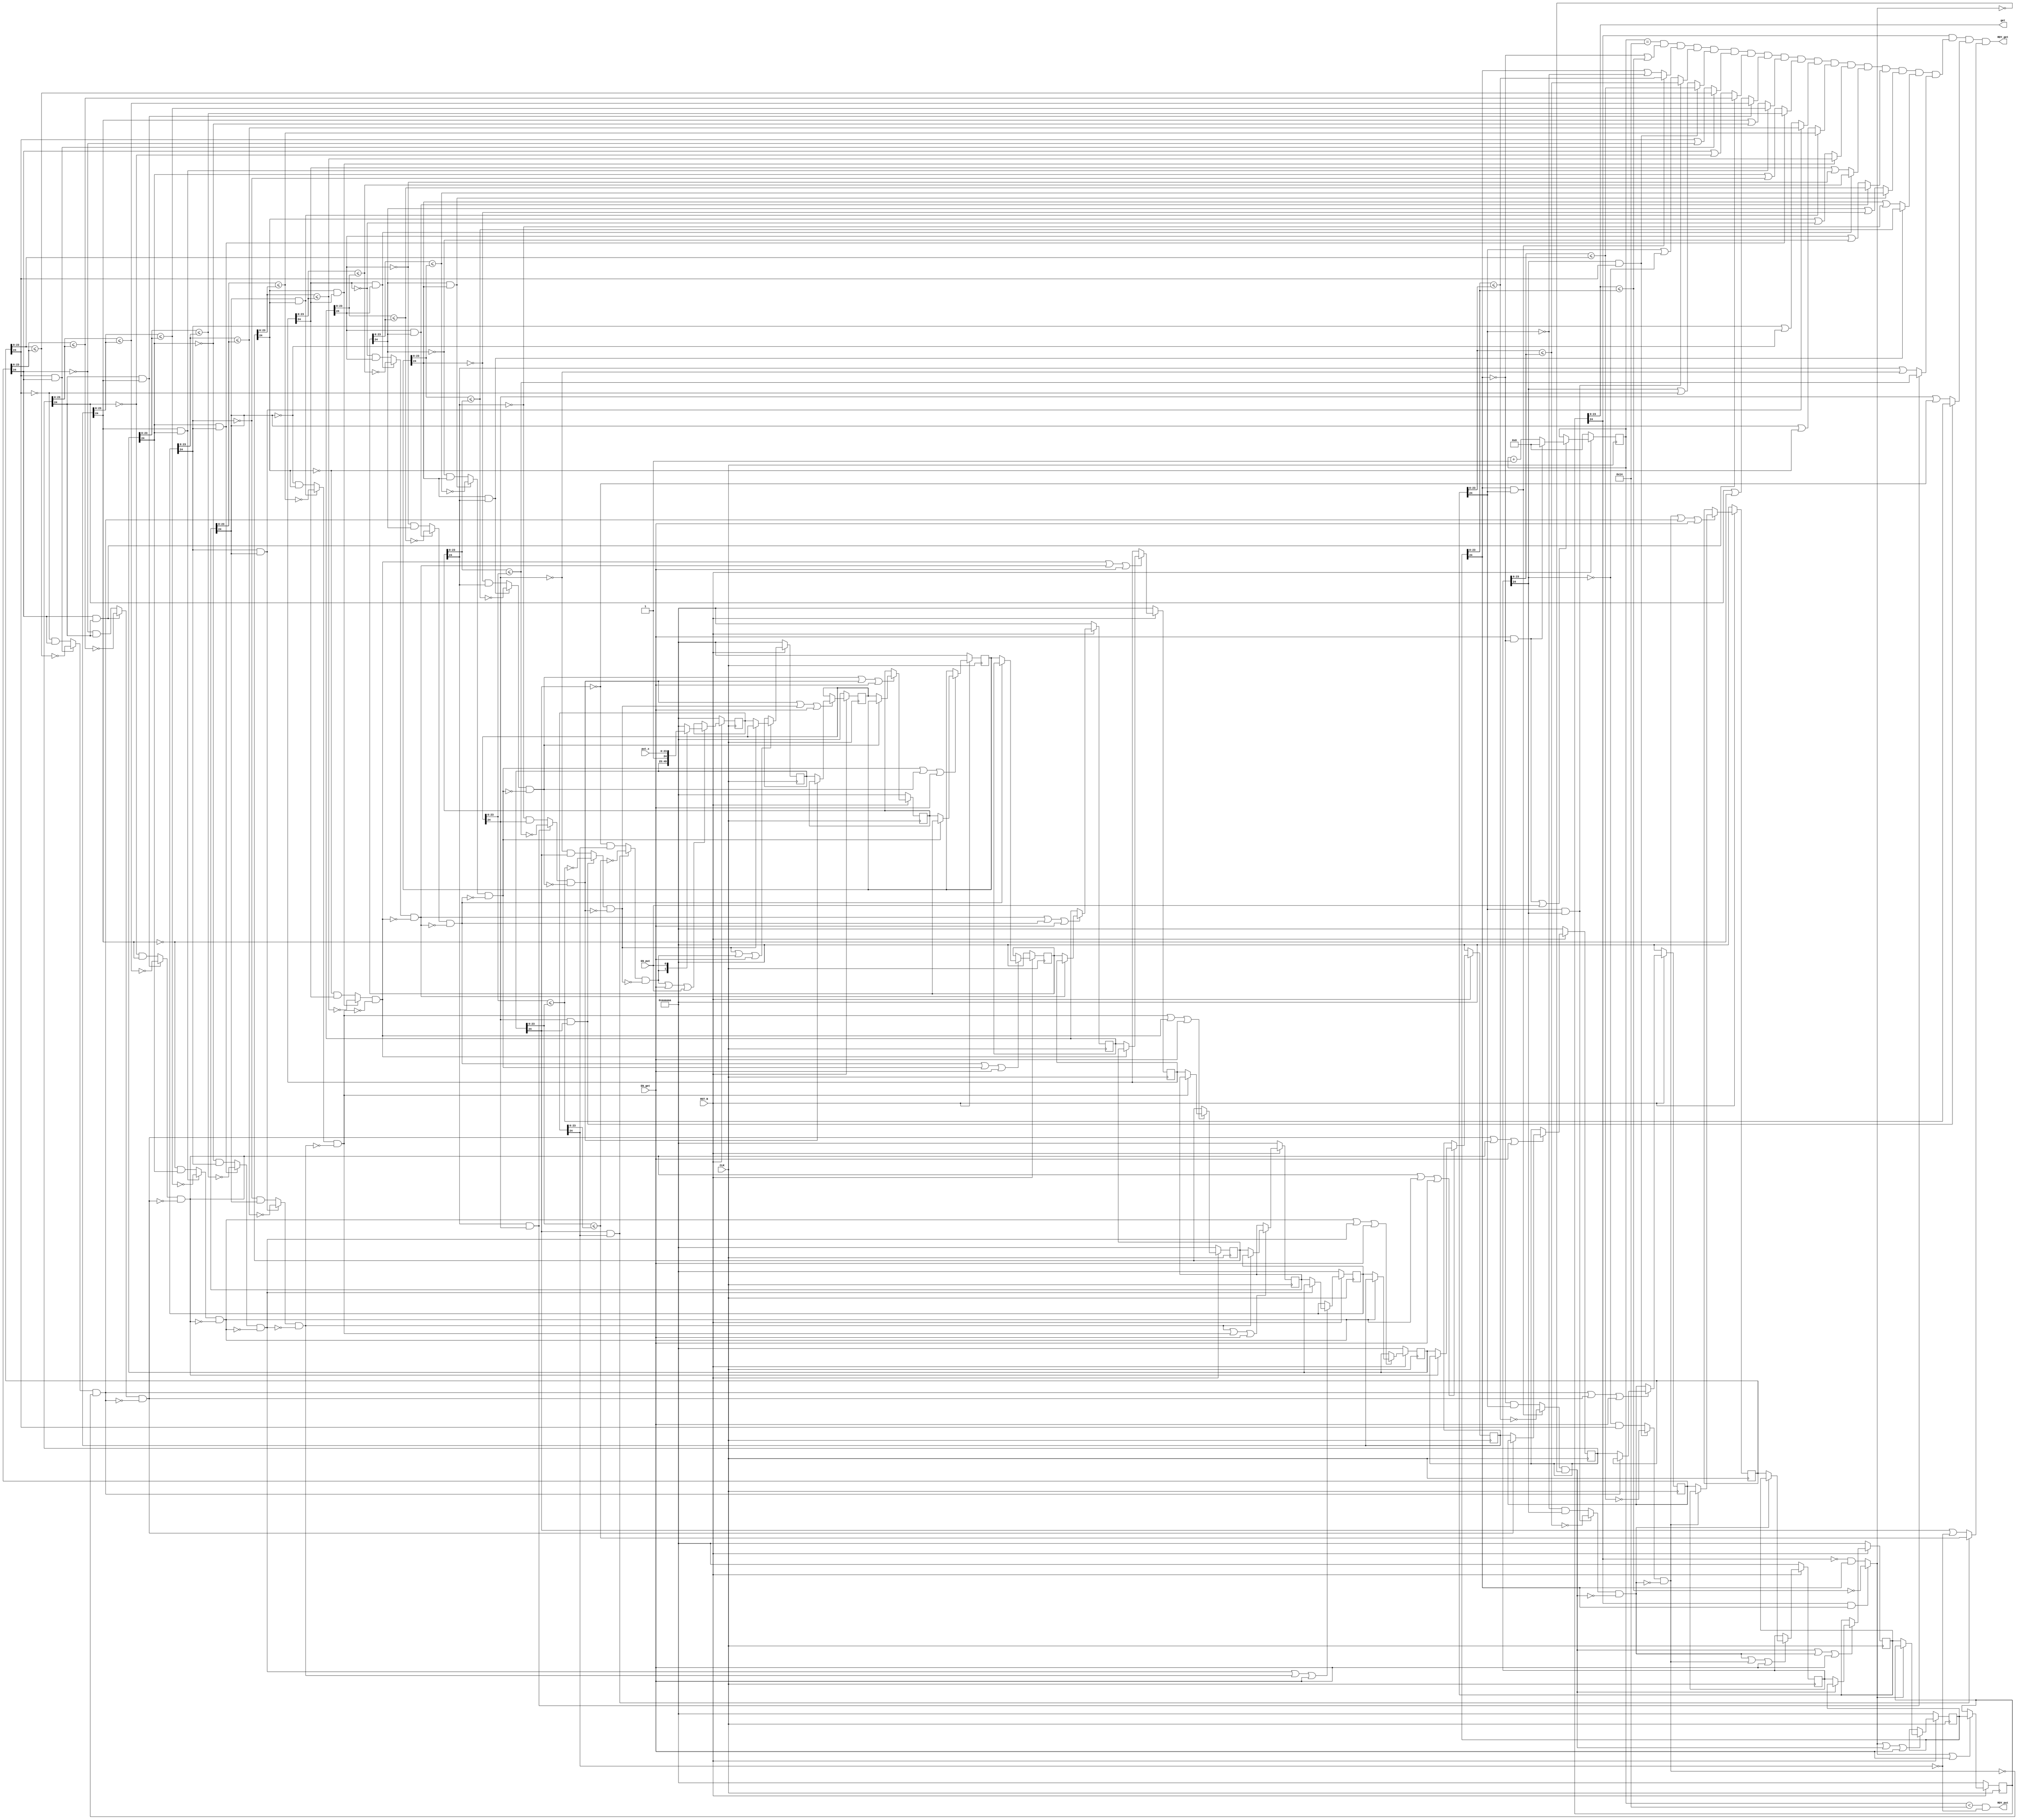
//
// Generated by Bluespec Compiler (build cd96b228)
//
// On Sun May 23 22:57:07 IST 2021
//
//
// Ports:
// Name                         I/O  size props
// RDY_put                        O     1
// get                            O    24 reg
// RDY_get                        O     1
// CLK                            I     1 clock
// RST_N                          I     1 reset
// put_x                          I    24
// EN_put                         I     1
// EN_get                         I     1
//
// No combinational paths from inputs to outputs
//
//

`ifdef BSV_ASSIGNMENT_DELAY
`else
  `define BSV_ASSIGNMENT_DELAY
`endif

`ifdef BSV_POSITIVE_RESET
  `define BSV_RESET_VALUE 1'b1
  `define BSV_RESET_EDGE posedge
`else
  `define BSV_RESET_VALUE 1'b0
  `define BSV_RESET_EDGE negedge
`endif

module mkBubbleSort_nt_UInt20(CLK,
			      RST_N,

			      put_x,
			      EN_put,
			      RDY_put,

			      EN_get,
			      get,
			      RDY_get);
  input  CLK;
  input  RST_N;

  // action method put
  input  [23 : 0] put_x;
  input  EN_put;
  output RDY_put;

  // actionvalue method get
  input  EN_get;
  output [23 : 0] get;
  output RDY_get;

  // signals for module outputs
  wire [23 : 0] get;
  wire RDY_get, RDY_put;

  // register m_arr_0
  reg [24 : 0] m_arr_0;
  wire [24 : 0] m_arr_0$D_IN;
  wire m_arr_0$EN;

  // register m_arr_1
  reg [24 : 0] m_arr_1;
  wire [24 : 0] m_arr_1$D_IN;
  wire m_arr_1$EN;

  // register m_arr_10
  reg [24 : 0] m_arr_10;
  wire [24 : 0] m_arr_10$D_IN;
  wire m_arr_10$EN;

  // register m_arr_11
  reg [24 : 0] m_arr_11;
  wire [24 : 0] m_arr_11$D_IN;
  wire m_arr_11$EN;

  // register m_arr_12
  reg [24 : 0] m_arr_12;
  wire [24 : 0] m_arr_12$D_IN;
  wire m_arr_12$EN;

  // register m_arr_13
  reg [24 : 0] m_arr_13;
  wire [24 : 0] m_arr_13$D_IN;
  wire m_arr_13$EN;

  // register m_arr_14
  reg [24 : 0] m_arr_14;
  wire [24 : 0] m_arr_14$D_IN;
  wire m_arr_14$EN;

  // register m_arr_15
  reg [24 : 0] m_arr_15;
  wire [24 : 0] m_arr_15$D_IN;
  wire m_arr_15$EN;

  // register m_arr_16
  reg [24 : 0] m_arr_16;
  wire [24 : 0] m_arr_16$D_IN;
  wire m_arr_16$EN;

  // register m_arr_17
  reg [24 : 0] m_arr_17;
  wire [24 : 0] m_arr_17$D_IN;
  wire m_arr_17$EN;

  // register m_arr_18
  reg [24 : 0] m_arr_18;
  wire [24 : 0] m_arr_18$D_IN;
  wire m_arr_18$EN;

  // register m_arr_19
  reg [24 : 0] m_arr_19;
  reg [24 : 0] m_arr_19$D_IN;
  wire m_arr_19$EN;

  // register m_arr_2
  reg [24 : 0] m_arr_2;
  wire [24 : 0] m_arr_2$D_IN;
  wire m_arr_2$EN;

  // register m_arr_3
  reg [24 : 0] m_arr_3;
  wire [24 : 0] m_arr_3$D_IN;
  wire m_arr_3$EN;

  // register m_arr_4
  reg [24 : 0] m_arr_4;
  wire [24 : 0] m_arr_4$D_IN;
  wire m_arr_4$EN;

  // register m_arr_5
  reg [24 : 0] m_arr_5;
  wire [24 : 0] m_arr_5$D_IN;
  wire m_arr_5$EN;

  // register m_arr_6
  reg [24 : 0] m_arr_6;
  wire [24 : 0] m_arr_6$D_IN;
  wire m_arr_6$EN;

  // register m_arr_7
  reg [24 : 0] m_arr_7;
  wire [24 : 0] m_arr_7$D_IN;
  wire m_arr_7$EN;

  // register m_arr_8
  reg [24 : 0] m_arr_8;
  wire [24 : 0] m_arr_8$D_IN;
  wire m_arr_8$EN;

  // register m_arr_9
  reg [24 : 0] m_arr_9;
  wire [24 : 0] m_arr_9$D_IN;
  wire m_arr_9$EN;

  // register m_counter
  reg [15 : 0] m_counter;
  wire [15 : 0] m_counter$D_IN;
  wire m_counter$EN;

  // rule scheduling signals
  wire WILL_FIRE_RL_m_rl_swap_i,
       WILL_FIRE_RL_m_rl_swap_i_1,
       WILL_FIRE_RL_m_rl_swap_i_10,
       WILL_FIRE_RL_m_rl_swap_i_11,
       WILL_FIRE_RL_m_rl_swap_i_12,
       WILL_FIRE_RL_m_rl_swap_i_13,
       WILL_FIRE_RL_m_rl_swap_i_14,
       WILL_FIRE_RL_m_rl_swap_i_15,
       WILL_FIRE_RL_m_rl_swap_i_16,
       WILL_FIRE_RL_m_rl_swap_i_17,
       WILL_FIRE_RL_m_rl_swap_i_18,
       WILL_FIRE_RL_m_rl_swap_i_2,
       WILL_FIRE_RL_m_rl_swap_i_3,
       WILL_FIRE_RL_m_rl_swap_i_4,
       WILL_FIRE_RL_m_rl_swap_i_5,
       WILL_FIRE_RL_m_rl_swap_i_6,
       WILL_FIRE_RL_m_rl_swap_i_7,
       WILL_FIRE_RL_m_rl_swap_i_8,
       WILL_FIRE_RL_m_rl_swap_i_9;

  // inputs to muxes for submodule ports
  wire [24 : 0] MUX_m_arr_19$write_1__VAL_3;
  wire [15 : 0] MUX_m_counter$write_1__VAL_2;
  wire MUX_m_counter$write_1__SEL_1;

  // remaining internal signals
  wire IF_m_arr_0_BIT_24_THEN_m_arr_0_BITS_23_TO_0_EL_ETC___d10,
       IF_m_arr_10_5_BIT_24_6_THEN_m_arr_10_5_BITS_23_ETC___d110,
       IF_m_arr_11_05_BIT_24_06_THEN_m_arr_11_05_BITS_ETC___d120,
       IF_m_arr_12_15_BIT_24_16_THEN_m_arr_12_15_BITS_ETC___d130,
       IF_m_arr_13_25_BIT_24_26_THEN_m_arr_13_25_BITS_ETC___d140,
       IF_m_arr_14_35_BIT_24_36_THEN_m_arr_14_35_BITS_ETC___d150,
       IF_m_arr_15_45_BIT_24_46_THEN_m_arr_15_45_BITS_ETC___d160,
       IF_m_arr_16_55_BIT_24_56_THEN_m_arr_16_55_BITS_ETC___d170,
       IF_m_arr_17_65_BIT_24_66_THEN_m_arr_17_65_BITS_ETC___d180,
       IF_m_arr_18_75_BIT_24_76_THEN_m_arr_18_75_BITS_ETC___d190,
       IF_m_arr_1_BIT_24_THEN_m_arr_1_BITS_23_TO_0_EL_ETC___d20,
       IF_m_arr_2_5_BIT_24_6_THEN_m_arr_2_5_BITS_23_T_ETC___d30,
       IF_m_arr_3_5_BIT_24_6_THEN_m_arr_3_5_BITS_23_T_ETC___d40,
       IF_m_arr_4_5_BIT_24_6_THEN_m_arr_4_5_BITS_23_T_ETC___d50,
       IF_m_arr_5_5_BIT_24_6_THEN_m_arr_5_5_BITS_23_T_ETC___d60,
       IF_m_arr_6_5_BIT_24_6_THEN_m_arr_6_5_BITS_23_T_ETC___d70,
       IF_m_arr_7_5_BIT_24_6_THEN_m_arr_7_5_BITS_23_T_ETC___d80,
       IF_m_arr_8_5_BIT_24_6_THEN_m_arr_8_5_BITS_23_T_ETC___d90,
       IF_m_arr_9_5_BIT_24_6_THEN_m_arr_9_5_BITS_23_T_ETC___d100,
       m_counter_96_EQ_20_01_AND_NOT_m_arr_1_BIT_24_2_ETC___d207,
       m_counter_96_EQ_20_01_AND_NOT_m_arr_1_BIT_24_2_ETC___d219,
       m_counter_96_EQ_20_01_AND_NOT_m_arr_1_BIT_24_2_ETC___d231,
       m_counter_96_EQ_20_01_AND_NOT_m_arr_1_BIT_24_2_ETC___d243,
       m_counter_96_EQ_20_01_AND_NOT_m_arr_1_BIT_24_2_ETC___d255,
       m_counter_96_EQ_20_01_AND_NOT_m_arr_1_BIT_24_2_ETC___d267;

  // action method put
  assign RDY_put = m_counter < 16'd20 && !m_arr_19[24] ;

  // actionvalue method get
  assign get = m_arr_0[23:0] ;
  assign RDY_get =
	     m_arr_0[24] &&
	     m_counter_96_EQ_20_01_AND_NOT_m_arr_1_BIT_24_2_ETC___d267 &&
	     ((m_arr_17[24] && m_arr_18[24]) ?
		IF_m_arr_17_65_BIT_24_66_THEN_m_arr_17_65_BITS_ETC___d180 :
		m_arr_17[24] || !m_arr_18[24]) &&
	     ((m_arr_18[24] && m_arr_19[24]) ?
		IF_m_arr_18_75_BIT_24_76_THEN_m_arr_18_75_BITS_ETC___d190 :
		m_arr_18[24] || !m_arr_19[24]) ;

  // rule RL_m_rl_swap_i
  assign WILL_FIRE_RL_m_rl_swap_i =
	     (m_arr_0[24] && m_arr_1[24]) ?
	       !IF_m_arr_0_BIT_24_THEN_m_arr_0_BITS_23_TO_0_EL_ETC___d10 :
	       !m_arr_0[24] && m_arr_1[24] ;

  // rule RL_m_rl_swap_i_1
  assign WILL_FIRE_RL_m_rl_swap_i_1 =
	     ((m_arr_1[24] && m_arr_2[24]) ?
		!IF_m_arr_1_BIT_24_THEN_m_arr_1_BITS_23_TO_0_EL_ETC___d20 :
		!m_arr_1[24] && m_arr_2[24]) &&
	     !WILL_FIRE_RL_m_rl_swap_i ;

  // rule RL_m_rl_swap_i_2
  assign WILL_FIRE_RL_m_rl_swap_i_2 =
	     ((m_arr_2[24] && m_arr_3[24]) ?
		!IF_m_arr_2_5_BIT_24_6_THEN_m_arr_2_5_BITS_23_T_ETC___d30 :
		!m_arr_2[24] && m_arr_3[24]) &&
	     !WILL_FIRE_RL_m_rl_swap_i_1 ;

  // rule RL_m_rl_swap_i_3
  assign WILL_FIRE_RL_m_rl_swap_i_3 =
	     ((m_arr_3[24] && m_arr_4[24]) ?
		!IF_m_arr_3_5_BIT_24_6_THEN_m_arr_3_5_BITS_23_T_ETC___d40 :
		!m_arr_3[24] && m_arr_4[24]) &&
	     !WILL_FIRE_RL_m_rl_swap_i_2 ;

  // rule RL_m_rl_swap_i_4
  assign WILL_FIRE_RL_m_rl_swap_i_4 =
	     ((m_arr_4[24] && m_arr_5[24]) ?
		!IF_m_arr_4_5_BIT_24_6_THEN_m_arr_4_5_BITS_23_T_ETC___d50 :
		!m_arr_4[24] && m_arr_5[24]) &&
	     !WILL_FIRE_RL_m_rl_swap_i_3 ;

  // rule RL_m_rl_swap_i_5
  assign WILL_FIRE_RL_m_rl_swap_i_5 =
	     ((m_arr_5[24] && m_arr_6[24]) ?
		!IF_m_arr_5_5_BIT_24_6_THEN_m_arr_5_5_BITS_23_T_ETC___d60 :
		!m_arr_5[24] && m_arr_6[24]) &&
	     !WILL_FIRE_RL_m_rl_swap_i_4 ;

  // rule RL_m_rl_swap_i_6
  assign WILL_FIRE_RL_m_rl_swap_i_6 =
	     ((m_arr_6[24] && m_arr_7[24]) ?
		!IF_m_arr_6_5_BIT_24_6_THEN_m_arr_6_5_BITS_23_T_ETC___d70 :
		!m_arr_6[24] && m_arr_7[24]) &&
	     !WILL_FIRE_RL_m_rl_swap_i_5 ;

  // rule RL_m_rl_swap_i_7
  assign WILL_FIRE_RL_m_rl_swap_i_7 =
	     ((m_arr_7[24] && m_arr_8[24]) ?
		!IF_m_arr_7_5_BIT_24_6_THEN_m_arr_7_5_BITS_23_T_ETC___d80 :
		!m_arr_7[24] && m_arr_8[24]) &&
	     !WILL_FIRE_RL_m_rl_swap_i_6 ;

  // rule RL_m_rl_swap_i_8
  assign WILL_FIRE_RL_m_rl_swap_i_8 =
	     ((m_arr_8[24] && m_arr_9[24]) ?
		!IF_m_arr_8_5_BIT_24_6_THEN_m_arr_8_5_BITS_23_T_ETC___d90 :
		!m_arr_8[24] && m_arr_9[24]) &&
	     !WILL_FIRE_RL_m_rl_swap_i_7 ;

  // rule RL_m_rl_swap_i_9
  assign WILL_FIRE_RL_m_rl_swap_i_9 =
	     ((m_arr_9[24] && m_arr_10[24]) ?
		!IF_m_arr_9_5_BIT_24_6_THEN_m_arr_9_5_BITS_23_T_ETC___d100 :
		!m_arr_9[24] && m_arr_10[24]) &&
	     !WILL_FIRE_RL_m_rl_swap_i_8 ;

  // rule RL_m_rl_swap_i_10
  assign WILL_FIRE_RL_m_rl_swap_i_10 =
	     ((m_arr_10[24] && m_arr_11[24]) ?
		!IF_m_arr_10_5_BIT_24_6_THEN_m_arr_10_5_BITS_23_ETC___d110 :
		!m_arr_10[24] && m_arr_11[24]) &&
	     !WILL_FIRE_RL_m_rl_swap_i_9 ;

  // rule RL_m_rl_swap_i_11
  assign WILL_FIRE_RL_m_rl_swap_i_11 =
	     ((m_arr_11[24] && m_arr_12[24]) ?
		!IF_m_arr_11_05_BIT_24_06_THEN_m_arr_11_05_BITS_ETC___d120 :
		!m_arr_11[24] && m_arr_12[24]) &&
	     !WILL_FIRE_RL_m_rl_swap_i_10 ;

  // rule RL_m_rl_swap_i_12
  assign WILL_FIRE_RL_m_rl_swap_i_12 =
	     ((m_arr_12[24] && m_arr_13[24]) ?
		!IF_m_arr_12_15_BIT_24_16_THEN_m_arr_12_15_BITS_ETC___d130 :
		!m_arr_12[24] && m_arr_13[24]) &&
	     !WILL_FIRE_RL_m_rl_swap_i_11 ;

  // rule RL_m_rl_swap_i_13
  assign WILL_FIRE_RL_m_rl_swap_i_13 =
	     ((m_arr_13[24] && m_arr_14[24]) ?
		!IF_m_arr_13_25_BIT_24_26_THEN_m_arr_13_25_BITS_ETC___d140 :
		!m_arr_13[24] && m_arr_14[24]) &&
	     !WILL_FIRE_RL_m_rl_swap_i_12 ;

  // rule RL_m_rl_swap_i_14
  assign WILL_FIRE_RL_m_rl_swap_i_14 =
	     ((m_arr_14[24] && m_arr_15[24]) ?
		!IF_m_arr_14_35_BIT_24_36_THEN_m_arr_14_35_BITS_ETC___d150 :
		!m_arr_14[24] && m_arr_15[24]) &&
	     !WILL_FIRE_RL_m_rl_swap_i_13 ;

  // rule RL_m_rl_swap_i_15
  assign WILL_FIRE_RL_m_rl_swap_i_15 =
	     ((m_arr_15[24] && m_arr_16[24]) ?
		!IF_m_arr_15_45_BIT_24_46_THEN_m_arr_15_45_BITS_ETC___d160 :
		!m_arr_15[24] && m_arr_16[24]) &&
	     !WILL_FIRE_RL_m_rl_swap_i_14 ;

  // rule RL_m_rl_swap_i_16
  assign WILL_FIRE_RL_m_rl_swap_i_16 =
	     ((m_arr_16[24] && m_arr_17[24]) ?
		!IF_m_arr_16_55_BIT_24_56_THEN_m_arr_16_55_BITS_ETC___d170 :
		!m_arr_16[24] && m_arr_17[24]) &&
	     !WILL_FIRE_RL_m_rl_swap_i_15 ;

  // rule RL_m_rl_swap_i_17
  assign WILL_FIRE_RL_m_rl_swap_i_17 =
	     ((m_arr_17[24] && m_arr_18[24]) ?
		!IF_m_arr_17_65_BIT_24_66_THEN_m_arr_17_65_BITS_ETC___d180 :
		!m_arr_17[24] && m_arr_18[24]) &&
	     !WILL_FIRE_RL_m_rl_swap_i_16 ;

  // rule RL_m_rl_swap_i_18
  assign WILL_FIRE_RL_m_rl_swap_i_18 =
	     ((m_arr_18[24] && m_arr_19[24]) ?
		!IF_m_arr_18_75_BIT_24_76_THEN_m_arr_18_75_BITS_ETC___d190 :
		!m_arr_18[24] && m_arr_19[24]) &&
	     !WILL_FIRE_RL_m_rl_swap_i_17 ;

  // inputs to muxes for submodule ports
  assign MUX_m_counter$write_1__SEL_1 = EN_get && !m_arr_1[24] ;
  assign MUX_m_arr_19$write_1__VAL_3 = { 1'd1, put_x } ;
  assign MUX_m_counter$write_1__VAL_2 = m_counter + 16'd1 ;

  // register m_arr_0
  assign m_arr_0$D_IN = m_arr_1 ;
  assign m_arr_0$EN = WILL_FIRE_RL_m_rl_swap_i || EN_get ;

  // register m_arr_1
  assign m_arr_1$D_IN = WILL_FIRE_RL_m_rl_swap_i ? m_arr_0 : m_arr_2 ;
  assign m_arr_1$EN =
	     WILL_FIRE_RL_m_rl_swap_i || WILL_FIRE_RL_m_rl_swap_i_1 ||
	     EN_get ;

  // register m_arr_10
  assign m_arr_10$D_IN = WILL_FIRE_RL_m_rl_swap_i_9 ? m_arr_9 : m_arr_11 ;
  assign m_arr_10$EN =
	     WILL_FIRE_RL_m_rl_swap_i_9 || WILL_FIRE_RL_m_rl_swap_i_10 ||
	     EN_get ;

  // register m_arr_11
  assign m_arr_11$D_IN = WILL_FIRE_RL_m_rl_swap_i_10 ? m_arr_10 : m_arr_12 ;
  assign m_arr_11$EN =
	     WILL_FIRE_RL_m_rl_swap_i_10 || WILL_FIRE_RL_m_rl_swap_i_11 ||
	     EN_get ;

  // register m_arr_12
  assign m_arr_12$D_IN = WILL_FIRE_RL_m_rl_swap_i_11 ? m_arr_11 : m_arr_13 ;
  assign m_arr_12$EN =
	     WILL_FIRE_RL_m_rl_swap_i_11 || WILL_FIRE_RL_m_rl_swap_i_12 ||
	     EN_get ;

  // register m_arr_13
  assign m_arr_13$D_IN = WILL_FIRE_RL_m_rl_swap_i_12 ? m_arr_12 : m_arr_14 ;
  assign m_arr_13$EN =
	     WILL_FIRE_RL_m_rl_swap_i_12 || WILL_FIRE_RL_m_rl_swap_i_13 ||
	     EN_get ;

  // register m_arr_14
  assign m_arr_14$D_IN = WILL_FIRE_RL_m_rl_swap_i_13 ? m_arr_13 : m_arr_15 ;
  assign m_arr_14$EN =
	     WILL_FIRE_RL_m_rl_swap_i_13 || WILL_FIRE_RL_m_rl_swap_i_14 ||
	     EN_get ;

  // register m_arr_15
  assign m_arr_15$D_IN = WILL_FIRE_RL_m_rl_swap_i_14 ? m_arr_14 : m_arr_16 ;
  assign m_arr_15$EN =
	     WILL_FIRE_RL_m_rl_swap_i_14 || WILL_FIRE_RL_m_rl_swap_i_15 ||
	     EN_get ;

  // register m_arr_16
  assign m_arr_16$D_IN = WILL_FIRE_RL_m_rl_swap_i_15 ? m_arr_15 : m_arr_17 ;
  assign m_arr_16$EN =
	     WILL_FIRE_RL_m_rl_swap_i_15 || WILL_FIRE_RL_m_rl_swap_i_16 ||
	     EN_get ;

  // register m_arr_17
  assign m_arr_17$D_IN = WILL_FIRE_RL_m_rl_swap_i_16 ? m_arr_16 : m_arr_18 ;
  assign m_arr_17$EN =
	     WILL_FIRE_RL_m_rl_swap_i_16 || WILL_FIRE_RL_m_rl_swap_i_17 ||
	     EN_get ;

  // register m_arr_18
  assign m_arr_18$D_IN = WILL_FIRE_RL_m_rl_swap_i_17 ? m_arr_17 : m_arr_19 ;
  assign m_arr_18$EN =
	     WILL_FIRE_RL_m_rl_swap_i_17 || WILL_FIRE_RL_m_rl_swap_i_18 ||
	     EN_get ;

  // register m_arr_19
  always@(WILL_FIRE_RL_m_rl_swap_i_18 or
	  m_arr_18 or EN_get or EN_put or MUX_m_arr_19$write_1__VAL_3)
  begin
    case (1'b1) // synopsys parallel_case
      WILL_FIRE_RL_m_rl_swap_i_18: m_arr_19$D_IN = m_arr_18;
      EN_get: m_arr_19$D_IN = 25'd11184810;
      EN_put: m_arr_19$D_IN = MUX_m_arr_19$write_1__VAL_3;
      default: m_arr_19$D_IN =
		   25'b0101010101010101010101010 /* unspecified value */ ;
    endcase
  end
  assign m_arr_19$EN = WILL_FIRE_RL_m_rl_swap_i_18 || EN_get || EN_put ;

  // register m_arr_2
  assign m_arr_2$D_IN = WILL_FIRE_RL_m_rl_swap_i_1 ? m_arr_1 : m_arr_3 ;
  assign m_arr_2$EN =
	     WILL_FIRE_RL_m_rl_swap_i_1 || WILL_FIRE_RL_m_rl_swap_i_2 ||
	     EN_get ;

  // register m_arr_3
  assign m_arr_3$D_IN = WILL_FIRE_RL_m_rl_swap_i_2 ? m_arr_2 : m_arr_4 ;
  assign m_arr_3$EN =
	     WILL_FIRE_RL_m_rl_swap_i_2 || WILL_FIRE_RL_m_rl_swap_i_3 ||
	     EN_get ;

  // register m_arr_4
  assign m_arr_4$D_IN = WILL_FIRE_RL_m_rl_swap_i_3 ? m_arr_3 : m_arr_5 ;
  assign m_arr_4$EN =
	     WILL_FIRE_RL_m_rl_swap_i_3 || WILL_FIRE_RL_m_rl_swap_i_4 ||
	     EN_get ;

  // register m_arr_5
  assign m_arr_5$D_IN = WILL_FIRE_RL_m_rl_swap_i_4 ? m_arr_4 : m_arr_6 ;
  assign m_arr_5$EN =
	     WILL_FIRE_RL_m_rl_swap_i_4 || WILL_FIRE_RL_m_rl_swap_i_5 ||
	     EN_get ;

  // register m_arr_6
  assign m_arr_6$D_IN = WILL_FIRE_RL_m_rl_swap_i_5 ? m_arr_5 : m_arr_7 ;
  assign m_arr_6$EN =
	     WILL_FIRE_RL_m_rl_swap_i_5 || WILL_FIRE_RL_m_rl_swap_i_6 ||
	     EN_get ;

  // register m_arr_7
  assign m_arr_7$D_IN = WILL_FIRE_RL_m_rl_swap_i_6 ? m_arr_6 : m_arr_8 ;
  assign m_arr_7$EN =
	     WILL_FIRE_RL_m_rl_swap_i_6 || WILL_FIRE_RL_m_rl_swap_i_7 ||
	     EN_get ;

  // register m_arr_8
  assign m_arr_8$D_IN = WILL_FIRE_RL_m_rl_swap_i_7 ? m_arr_7 : m_arr_9 ;
  assign m_arr_8$EN =
	     WILL_FIRE_RL_m_rl_swap_i_7 || WILL_FIRE_RL_m_rl_swap_i_8 ||
	     EN_get ;

  // register m_arr_9
  assign m_arr_9$D_IN = WILL_FIRE_RL_m_rl_swap_i_8 ? m_arr_8 : m_arr_10 ;
  assign m_arr_9$EN =
	     WILL_FIRE_RL_m_rl_swap_i_8 || WILL_FIRE_RL_m_rl_swap_i_9 ||
	     EN_get ;

  // register m_counter
  assign m_counter$D_IN =
	     MUX_m_counter$write_1__SEL_1 ?
	       16'd0 :
	       MUX_m_counter$write_1__VAL_2 ;
  assign m_counter$EN = EN_get && !m_arr_1[24] || EN_put ;

  // remaining internal signals
  assign IF_m_arr_0_BIT_24_THEN_m_arr_0_BITS_23_TO_0_EL_ETC___d10 =
	     m_arr_0[23:0] <= m_arr_1[23:0] ;
  assign IF_m_arr_10_5_BIT_24_6_THEN_m_arr_10_5_BITS_23_ETC___d110 =
	     m_arr_10[23:0] <= m_arr_11[23:0] ;
  assign IF_m_arr_11_05_BIT_24_06_THEN_m_arr_11_05_BITS_ETC___d120 =
	     m_arr_11[23:0] <= m_arr_12[23:0] ;
  assign IF_m_arr_12_15_BIT_24_16_THEN_m_arr_12_15_BITS_ETC___d130 =
	     m_arr_12[23:0] <= m_arr_13[23:0] ;
  assign IF_m_arr_13_25_BIT_24_26_THEN_m_arr_13_25_BITS_ETC___d140 =
	     m_arr_13[23:0] <= m_arr_14[23:0] ;
  assign IF_m_arr_14_35_BIT_24_36_THEN_m_arr_14_35_BITS_ETC___d150 =
	     m_arr_14[23:0] <= m_arr_15[23:0] ;
  assign IF_m_arr_15_45_BIT_24_46_THEN_m_arr_15_45_BITS_ETC___d160 =
	     m_arr_15[23:0] <= m_arr_16[23:0] ;
  assign IF_m_arr_16_55_BIT_24_56_THEN_m_arr_16_55_BITS_ETC___d170 =
	     m_arr_16[23:0] <= m_arr_17[23:0] ;
  assign IF_m_arr_17_65_BIT_24_66_THEN_m_arr_17_65_BITS_ETC___d180 =
	     m_arr_17[23:0] <= m_arr_18[23:0] ;
  assign IF_m_arr_18_75_BIT_24_76_THEN_m_arr_18_75_BITS_ETC___d190 =
	     m_arr_18[23:0] <= m_arr_19[23:0] ;
  assign IF_m_arr_1_BIT_24_THEN_m_arr_1_BITS_23_TO_0_EL_ETC___d20 =
	     m_arr_1[23:0] <= m_arr_2[23:0] ;
  assign IF_m_arr_2_5_BIT_24_6_THEN_m_arr_2_5_BITS_23_T_ETC___d30 =
	     m_arr_2[23:0] <= m_arr_3[23:0] ;
  assign IF_m_arr_3_5_BIT_24_6_THEN_m_arr_3_5_BITS_23_T_ETC___d40 =
	     m_arr_3[23:0] <= m_arr_4[23:0] ;
  assign IF_m_arr_4_5_BIT_24_6_THEN_m_arr_4_5_BITS_23_T_ETC___d50 =
	     m_arr_4[23:0] <= m_arr_5[23:0] ;
  assign IF_m_arr_5_5_BIT_24_6_THEN_m_arr_5_5_BITS_23_T_ETC___d60 =
	     m_arr_5[23:0] <= m_arr_6[23:0] ;
  assign IF_m_arr_6_5_BIT_24_6_THEN_m_arr_6_5_BITS_23_T_ETC___d70 =
	     m_arr_6[23:0] <= m_arr_7[23:0] ;
  assign IF_m_arr_7_5_BIT_24_6_THEN_m_arr_7_5_BITS_23_T_ETC___d80 =
	     m_arr_7[23:0] <= m_arr_8[23:0] ;
  assign IF_m_arr_8_5_BIT_24_6_THEN_m_arr_8_5_BITS_23_T_ETC___d90 =
	     m_arr_8[23:0] <= m_arr_9[23:0] ;
  assign IF_m_arr_9_5_BIT_24_6_THEN_m_arr_9_5_BITS_23_T_ETC___d100 =
	     m_arr_9[23:0] <= m_arr_10[23:0] ;
  assign m_counter_96_EQ_20_01_AND_NOT_m_arr_1_BIT_24_2_ETC___d207 =
	     m_counter == 16'd20 &&
	     (!m_arr_1[24] ||
	      IF_m_arr_0_BIT_24_THEN_m_arr_0_BITS_23_TO_0_EL_ETC___d10) &&
	     ((m_arr_1[24] && m_arr_2[24]) ?
		IF_m_arr_1_BIT_24_THEN_m_arr_1_BITS_23_TO_0_EL_ETC___d20 :
		m_arr_1[24] || !m_arr_2[24]) ;
  assign m_counter_96_EQ_20_01_AND_NOT_m_arr_1_BIT_24_2_ETC___d219 =
	     m_counter_96_EQ_20_01_AND_NOT_m_arr_1_BIT_24_2_ETC___d207 &&
	     ((m_arr_2[24] && m_arr_3[24]) ?
		IF_m_arr_2_5_BIT_24_6_THEN_m_arr_2_5_BITS_23_T_ETC___d30 :
		m_arr_2[24] || !m_arr_3[24]) &&
	     ((m_arr_3[24] && m_arr_4[24]) ?
		IF_m_arr_3_5_BIT_24_6_THEN_m_arr_3_5_BITS_23_T_ETC___d40 :
		m_arr_3[24] || !m_arr_4[24]) &&
	     ((m_arr_4[24] && m_arr_5[24]) ?
		IF_m_arr_4_5_BIT_24_6_THEN_m_arr_4_5_BITS_23_T_ETC___d50 :
		m_arr_4[24] || !m_arr_5[24]) ;
  assign m_counter_96_EQ_20_01_AND_NOT_m_arr_1_BIT_24_2_ETC___d231 =
	     m_counter_96_EQ_20_01_AND_NOT_m_arr_1_BIT_24_2_ETC___d219 &&
	     ((m_arr_5[24] && m_arr_6[24]) ?
		IF_m_arr_5_5_BIT_24_6_THEN_m_arr_5_5_BITS_23_T_ETC___d60 :
		m_arr_5[24] || !m_arr_6[24]) &&
	     ((m_arr_6[24] && m_arr_7[24]) ?
		IF_m_arr_6_5_BIT_24_6_THEN_m_arr_6_5_BITS_23_T_ETC___d70 :
		m_arr_6[24] || !m_arr_7[24]) &&
	     ((m_arr_7[24] && m_arr_8[24]) ?
		IF_m_arr_7_5_BIT_24_6_THEN_m_arr_7_5_BITS_23_T_ETC___d80 :
		m_arr_7[24] || !m_arr_8[24]) ;
  assign m_counter_96_EQ_20_01_AND_NOT_m_arr_1_BIT_24_2_ETC___d243 =
	     m_counter_96_EQ_20_01_AND_NOT_m_arr_1_BIT_24_2_ETC___d231 &&
	     ((m_arr_8[24] && m_arr_9[24]) ?
		IF_m_arr_8_5_BIT_24_6_THEN_m_arr_8_5_BITS_23_T_ETC___d90 :
		m_arr_8[24] || !m_arr_9[24]) &&
	     ((m_arr_9[24] && m_arr_10[24]) ?
		IF_m_arr_9_5_BIT_24_6_THEN_m_arr_9_5_BITS_23_T_ETC___d100 :
		m_arr_9[24] || !m_arr_10[24]) &&
	     ((m_arr_10[24] && m_arr_11[24]) ?
		IF_m_arr_10_5_BIT_24_6_THEN_m_arr_10_5_BITS_23_ETC___d110 :
		m_arr_10[24] || !m_arr_11[24]) ;
  assign m_counter_96_EQ_20_01_AND_NOT_m_arr_1_BIT_24_2_ETC___d255 =
	     m_counter_96_EQ_20_01_AND_NOT_m_arr_1_BIT_24_2_ETC___d243 &&
	     ((m_arr_11[24] && m_arr_12[24]) ?
		IF_m_arr_11_05_BIT_24_06_THEN_m_arr_11_05_BITS_ETC___d120 :
		m_arr_11[24] || !m_arr_12[24]) &&
	     ((m_arr_12[24] && m_arr_13[24]) ?
		IF_m_arr_12_15_BIT_24_16_THEN_m_arr_12_15_BITS_ETC___d130 :
		m_arr_12[24] || !m_arr_13[24]) &&
	     ((m_arr_13[24] && m_arr_14[24]) ?
		IF_m_arr_13_25_BIT_24_26_THEN_m_arr_13_25_BITS_ETC___d140 :
		m_arr_13[24] || !m_arr_14[24]) ;
  assign m_counter_96_EQ_20_01_AND_NOT_m_arr_1_BIT_24_2_ETC___d267 =
	     m_counter_96_EQ_20_01_AND_NOT_m_arr_1_BIT_24_2_ETC___d255 &&
	     ((m_arr_14[24] && m_arr_15[24]) ?
		IF_m_arr_14_35_BIT_24_36_THEN_m_arr_14_35_BITS_ETC___d150 :
		m_arr_14[24] || !m_arr_15[24]) &&
	     ((m_arr_15[24] && m_arr_16[24]) ?
		IF_m_arr_15_45_BIT_24_46_THEN_m_arr_15_45_BITS_ETC___d160 :
		m_arr_15[24] || !m_arr_16[24]) &&
	     ((m_arr_16[24] && m_arr_17[24]) ?
		IF_m_arr_16_55_BIT_24_56_THEN_m_arr_16_55_BITS_ETC___d170 :
		m_arr_16[24] || !m_arr_17[24]) ;

  // handling of inlined registers

  always@(posedge CLK)
  begin
    if (RST_N == `BSV_RESET_VALUE)
      begin
        m_arr_0 <= `BSV_ASSIGNMENT_DELAY 25'd11184810;
	m_arr_1 <= `BSV_ASSIGNMENT_DELAY 25'd11184810;
	m_arr_10 <= `BSV_ASSIGNMENT_DELAY 25'd11184810;
	m_arr_11 <= `BSV_ASSIGNMENT_DELAY 25'd11184810;
	m_arr_12 <= `BSV_ASSIGNMENT_DELAY 25'd11184810;
	m_arr_13 <= `BSV_ASSIGNMENT_DELAY 25'd11184810;
	m_arr_14 <= `BSV_ASSIGNMENT_DELAY 25'd11184810;
	m_arr_15 <= `BSV_ASSIGNMENT_DELAY 25'd11184810;
	m_arr_16 <= `BSV_ASSIGNMENT_DELAY 25'd11184810;
	m_arr_17 <= `BSV_ASSIGNMENT_DELAY 25'd11184810;
	m_arr_18 <= `BSV_ASSIGNMENT_DELAY 25'd11184810;
	m_arr_19 <= `BSV_ASSIGNMENT_DELAY 25'd11184810;
	m_arr_2 <= `BSV_ASSIGNMENT_DELAY 25'd11184810;
	m_arr_3 <= `BSV_ASSIGNMENT_DELAY 25'd11184810;
	m_arr_4 <= `BSV_ASSIGNMENT_DELAY 25'd11184810;
	m_arr_5 <= `BSV_ASSIGNMENT_DELAY 25'd11184810;
	m_arr_6 <= `BSV_ASSIGNMENT_DELAY 25'd11184810;
	m_arr_7 <= `BSV_ASSIGNMENT_DELAY 25'd11184810;
	m_arr_8 <= `BSV_ASSIGNMENT_DELAY 25'd11184810;
	m_arr_9 <= `BSV_ASSIGNMENT_DELAY 25'd11184810;
	m_counter <= `BSV_ASSIGNMENT_DELAY 16'd0;
      end
    else
      begin
        if (m_arr_0$EN) m_arr_0 <= `BSV_ASSIGNMENT_DELAY m_arr_0$D_IN;
	if (m_arr_1$EN) m_arr_1 <= `BSV_ASSIGNMENT_DELAY m_arr_1$D_IN;
	if (m_arr_10$EN) m_arr_10 <= `BSV_ASSIGNMENT_DELAY m_arr_10$D_IN;
	if (m_arr_11$EN) m_arr_11 <= `BSV_ASSIGNMENT_DELAY m_arr_11$D_IN;
	if (m_arr_12$EN) m_arr_12 <= `BSV_ASSIGNMENT_DELAY m_arr_12$D_IN;
	if (m_arr_13$EN) m_arr_13 <= `BSV_ASSIGNMENT_DELAY m_arr_13$D_IN;
	if (m_arr_14$EN) m_arr_14 <= `BSV_ASSIGNMENT_DELAY m_arr_14$D_IN;
	if (m_arr_15$EN) m_arr_15 <= `BSV_ASSIGNMENT_DELAY m_arr_15$D_IN;
	if (m_arr_16$EN) m_arr_16 <= `BSV_ASSIGNMENT_DELAY m_arr_16$D_IN;
	if (m_arr_17$EN) m_arr_17 <= `BSV_ASSIGNMENT_DELAY m_arr_17$D_IN;
	if (m_arr_18$EN) m_arr_18 <= `BSV_ASSIGNMENT_DELAY m_arr_18$D_IN;
	if (m_arr_19$EN) m_arr_19 <= `BSV_ASSIGNMENT_DELAY m_arr_19$D_IN;
	if (m_arr_2$EN) m_arr_2 <= `BSV_ASSIGNMENT_DELAY m_arr_2$D_IN;
	if (m_arr_3$EN) m_arr_3 <= `BSV_ASSIGNMENT_DELAY m_arr_3$D_IN;
	if (m_arr_4$EN) m_arr_4 <= `BSV_ASSIGNMENT_DELAY m_arr_4$D_IN;
	if (m_arr_5$EN) m_arr_5 <= `BSV_ASSIGNMENT_DELAY m_arr_5$D_IN;
	if (m_arr_6$EN) m_arr_6 <= `BSV_ASSIGNMENT_DELAY m_arr_6$D_IN;
	if (m_arr_7$EN) m_arr_7 <= `BSV_ASSIGNMENT_DELAY m_arr_7$D_IN;
	if (m_arr_8$EN) m_arr_8 <= `BSV_ASSIGNMENT_DELAY m_arr_8$D_IN;
	if (m_arr_9$EN) m_arr_9 <= `BSV_ASSIGNMENT_DELAY m_arr_9$D_IN;
	if (m_counter$EN) m_counter <= `BSV_ASSIGNMENT_DELAY m_counter$D_IN;
      end
  end

  // synopsys translate_off
  `ifdef BSV_NO_INITIAL_BLOCKS
  `else // not BSV_NO_INITIAL_BLOCKS
  initial
  begin
    m_arr_0 = 25'h0AAAAAA;
    m_arr_1 = 25'h0AAAAAA;
    m_arr_10 = 25'h0AAAAAA;
    m_arr_11 = 25'h0AAAAAA;
    m_arr_12 = 25'h0AAAAAA;
    m_arr_13 = 25'h0AAAAAA;
    m_arr_14 = 25'h0AAAAAA;
    m_arr_15 = 25'h0AAAAAA;
    m_arr_16 = 25'h0AAAAAA;
    m_arr_17 = 25'h0AAAAAA;
    m_arr_18 = 25'h0AAAAAA;
    m_arr_19 = 25'h0AAAAAA;
    m_arr_2 = 25'h0AAAAAA;
    m_arr_3 = 25'h0AAAAAA;
    m_arr_4 = 25'h0AAAAAA;
    m_arr_5 = 25'h0AAAAAA;
    m_arr_6 = 25'h0AAAAAA;
    m_arr_7 = 25'h0AAAAAA;
    m_arr_8 = 25'h0AAAAAA;
    m_arr_9 = 25'h0AAAAAA;
    m_counter = 16'hAAAA;
  end
  `endif // BSV_NO_INITIAL_BLOCKS
  // synopsys translate_on
endmodule  // mkBubbleSort_nt_UInt20